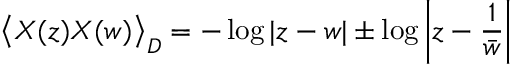
\big \langle X ( z ) X ( w ) \big \rangle _ { D } = - \log | z - w | \pm \log \left| z - \frac 1 { \bar { w } } \right|